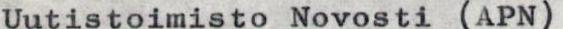
Uutistoimisto Novosti (APN)